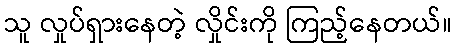
သူ လှုပ်ရှားနေတဲ့ လှိုင်းကို ကြည့်နေတယ်။